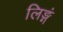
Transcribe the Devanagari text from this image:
लिङ्गं